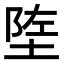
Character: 𬯄